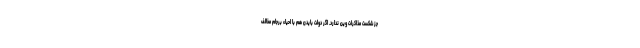
جز شکست مذاکرات وین ندارد. اگر دولت بایدن هم با احیاء برجام مخالف